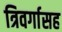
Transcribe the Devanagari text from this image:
त्रिवर्गासह